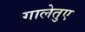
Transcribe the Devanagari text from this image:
गालेतुए